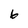
Character: 6